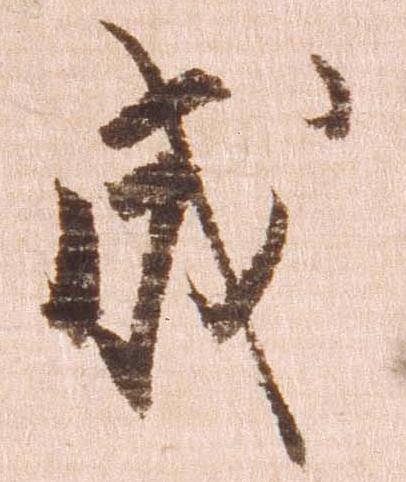
成